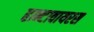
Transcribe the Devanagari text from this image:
हान्टावायरस